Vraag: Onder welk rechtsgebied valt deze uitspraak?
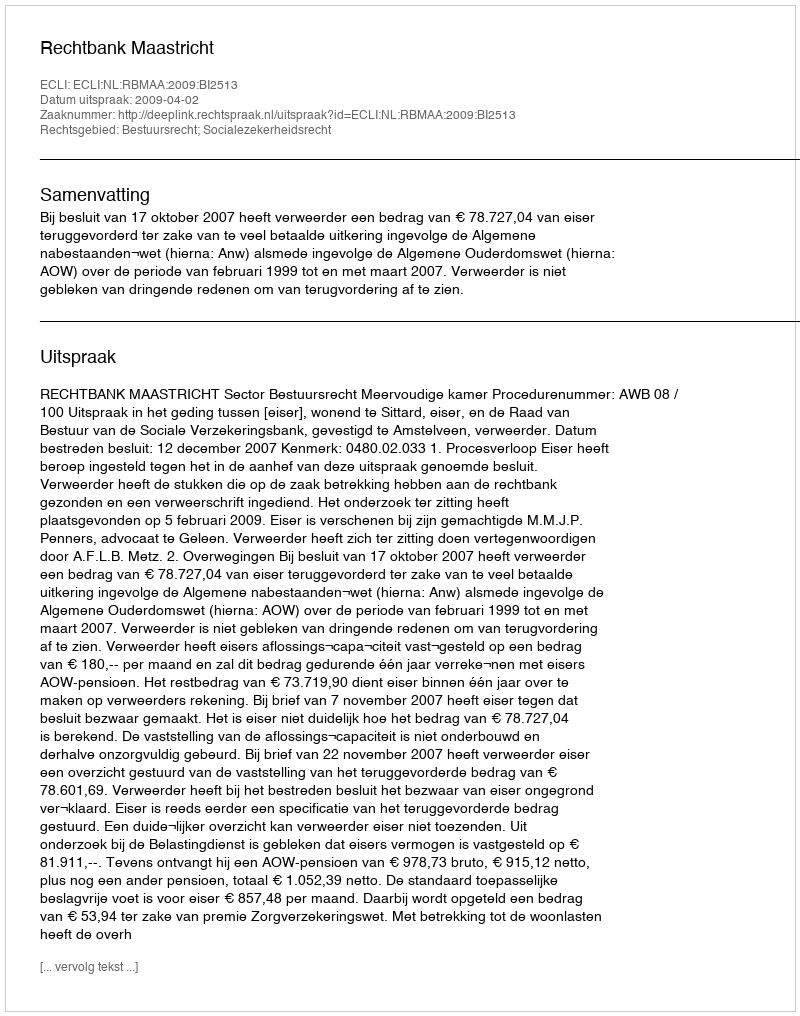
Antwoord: Bestuursrecht; Socialezekerheidsrecht